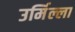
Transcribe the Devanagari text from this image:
उर्मिल्ला